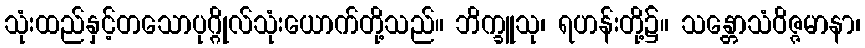
သုံးထည်နှင့်တသောပုဂ္ဂိုလ်သုံးယောက်တို့သည်။ ဘိက္ခူသု၊ ရဟန်းတို့၌။ သန္တောသံဝိဇ္ဇမာနာ၊